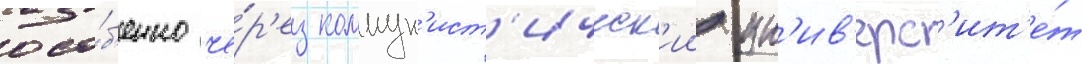
осо́б'енно че́р'ез коммун'ист'ическ'ии ун'ив'ерс'ит'е́т